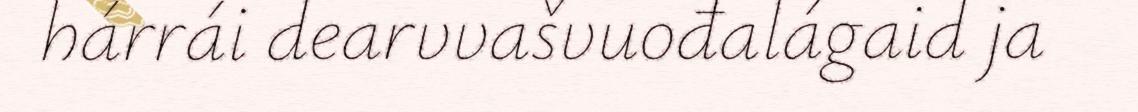
hárrái dearvvašvuođalágaid ja